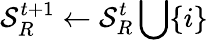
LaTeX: \mathcal{S}_{R}^{t+1}\leftarrow\mathcal{S}_{R}^{t}\bigcup\{ i\}